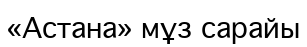
«Астана» мұз сарайы